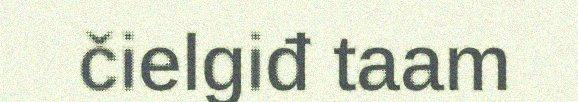
čielgiđ taam